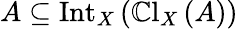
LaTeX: A\subseteq\operatorname{Int}_{X}\left(\operatorname{\mathbb{C}l}_{X}\left(A\right)\right)